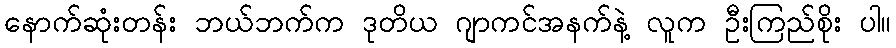
နောက်ဆုံးတန်း ဘယ်ဘက်က ဒုတိယ ဂျာကင်အနက်နဲ့ လူက ဦးကြည်စိုး ပါ။